Report on sanitation, dispensaries, and jails in Rajputana for 1914, and on vaccination for the year 1914-1915 - 1914-1915
Year: 1914
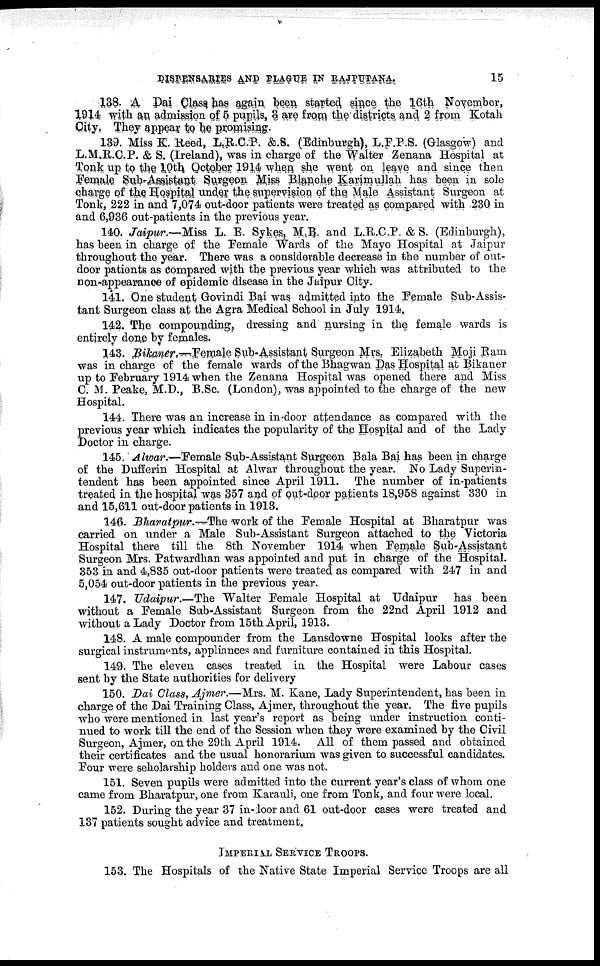
DISPENSARIES AND PLAGUE IN RAJPUTANA.
15
138. A Dai Class has again been started since the 16th November,
1914 with an admission of 5 pupils, 3 are from the districts and 2 from Kotah
City, They appear to he promising.
139. Miss K. Reed, L.R.C.P. &.S. (Edinburgh), L.F.P.S. (Glasgow) and
L.M.R.C.P. & S. (Ireland), was in charge of the Walter Zenana Hospital at
Tonk up to the 10th October 1914 when she went on leave and since then
Female Sub-Assistant Surgeon Miss Blanche Karimullah has been in sole
charge of the Hospital under the supervision of the Male Assistant Surgeon at
Tonk, 222 in and 7,074 out-door patients were treated as compared with 230 in
and 6,936 out-patients in the previous year.
140. Jaipur.—Miss L. E. Sykes, M,B. and L.R.C.P. & S. (Edinburgh),
has been in charge of the Female Wards of the Mayo Hospital at Jaipur
throughout the year. There was a considerable decrease in the number of out-
door patients as compared with the previous year which was attributed to the
non-appearance of epidemic disease in the Jaipur City.
141. One student Govindi Bai was admitted into the Female Sub-Assis-
tant Surgeon class at the Agra Medical School in July 1914.
142. The compounding, dressing and nursing in the female wards is
entirely done by females.
143. Bikaner.—Female Sub-Assistant Surgeon Mrs. Elizabeth Moji Ram
was in charge of the female wards of the Bhagwan Das Hospital at Bikaner
up to February 1914 when the Zenana Hospital was opened there and Miss
C. M. Peake, M.D., B.Sc. (London), was appointed to the charge of the new
Hospital.
144. There was an increase in in-door attendance as compared with the
previous year which indicates the popularity of the Hospital and of the Lady
Doctor in charge.
145. Alwar.—Female Sub-Assistant Surgeon Bala Bai has been in charge
of the Dufferin Hospital at Alwar throughout the year. No Lady Superin-
tendent has been appointed since April 1911. The number of in-patients
treated in the hospital was 357 and of out-door patients 18,958 against 330 in
and 15,611 out-door patients in 1913.
146. Bharatpur.—The work of the Female Hospital at Bharatpur was
carried on under a Male Sub-Assistant Surgeon attached to the Victoria
Hospital there till the 8th November 1914 when Female Sub-Assistant
Surgeon Mrs. Patwardhan was appointed and put in charge of the Hospital.
353 in and 4,835 out-door patients were treated as compared with 247 in and
5,054 out-door patients in the previous year.
147. Udaipur.—The Walter Female Hospital at Udaipur has been
without a Female Sub-Assistant Surgeon from the 22nd April 1912 and
without a Lady Doctor from 15th April, 1913.
148. A male compounder from the Lansdowne Hospital looks after the
surgical instruments, appliances and furniture contained in this Hospital.
149. The eleven cases treated in the Hospital were Labour cases
sent by the State authorities for delivery
150. Dai Class, Ajmer.—Mrs. M. Kane, Lady Superintendent, has been in
charge of the Dai Training Class, Ajmer, throughout the year. The five pupils
who were mentioned in last year's report as being under instruction conti-
nued to work till the end of the Session when they were examined by the Civil
Surgeon, Ajmer, on the 29th April 1914. All of them passed and obtained
their certificates and the usual honorarium was given to successful candidates.
Four were seholarship holders and one was not.
151. Seven pupils were admitted into the current year's class of whom one
came from Bharatpur, one from Karauli, one from Tonk, and four were local.
152. During the year 37 in-door and 61 out-door cases were treated and
137 patients sought advice and treatment.
IMPERIAL SERVICE TROOPS.
153. The Hospitals of the Native State Imperial Service Troops are all